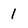
Character: 1